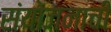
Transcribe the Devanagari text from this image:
संयोजनाची